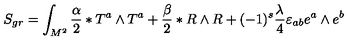
S _ { g r } = \int _ { M ^ { 2 } } ^ { } { \frac { \alpha } { 2 } } \ast T ^ { a } \wedge T ^ { a } + { \frac { \beta } { 2 } } \ast R \wedge R + ( - 1 ) ^ { s } { \frac { \lambda ^ { } } { 4 } } \varepsilon _ { a b } e ^ { a } \wedge e ^ { b }